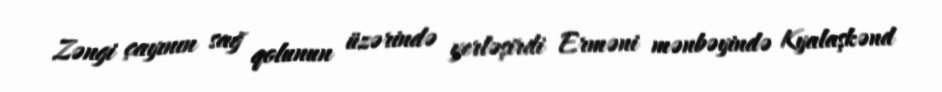
Zəngi çayının sağ qolunun üzərində yerləşirdi Erməni mənbəyində Kyalaşkənd